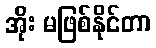
အိုး မဖြစ်နိုင်တာ